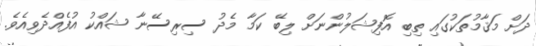
ދަށް މަޤާމުތަކުގައި ތިބި އޮފިޝަލުންނަށް ލިބޭ ކަމާ މެދު ސިރިސޭނާ ޝައްކު އުފެއްދެވިއެވެ.